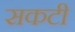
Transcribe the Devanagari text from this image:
सकटी